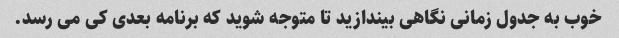
خوب به جدول زمانی نگاهی بیندازید تا متوجه شوید که برنامه بعدی کی می رسد.